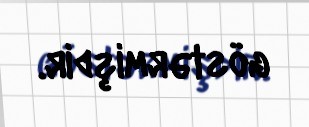
göstərmişdir.